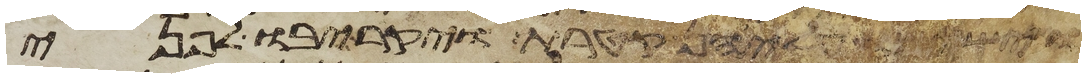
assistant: וישמו עליהן קטרת ויקריבו לפני